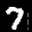
Label: 7